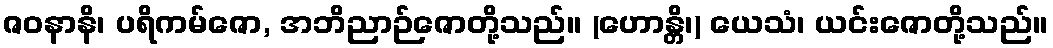
ဇဝနာနိ၊ ပရိကမ်ဇော, အဘိညာဉ်ဇောတို့သည်။ (ဟောန္တိ၊) ယေသံ၊ ယင်းဇောတို့သည်။